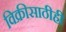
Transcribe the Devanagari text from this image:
विक्रीसाठीही